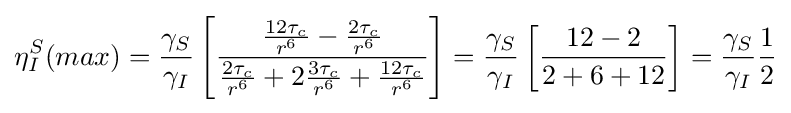
\eta _{I}^{S}(max)={\frac {\gamma _{S}}{\gamma _{I}}}\left[{\frac {{\frac {12\tau _{c}}{r^{6}}}-{\frac {2\tau _{c}}{r^{6}}}}{{\frac {2\tau _{c}}{r^{6}}}+2{\frac {3\tau _{c}}{r^{6}}}+{\frac {12\tau _{c}}{r^{6}}}}}\right]={\frac {\gamma _{S}}{\gamma _{I}}}\left[{\frac {12-2}{2+6+12}}\right]={\frac {\gamma _{S}}{\gamma _{I}}}{\frac {1}{2}}